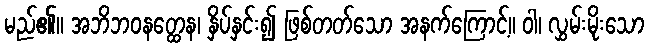
မည်၏။ အဘိဘဝနတ္ထေန၊ နှိပ်နှင်း၍ ဖြစ်တတ်သော အနက်ကြောင့်။ ဝါ၊ လွှမ်းမိုးသော